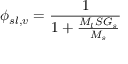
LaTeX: \phi _ { s l , v } = { \frac { 1 } { 1 + { \frac { M _ { l } S G _ { s } } { M _ { s } } } } }